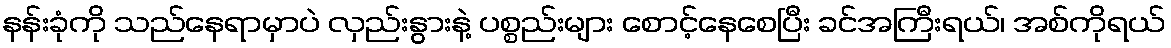
နန်းခုံကို သည်နေရာမှာပဲ လှည်းနွားနဲ့ ပစ္စည်းများ စောင့်နေစေပြီး ခင်အကြီးရယ်၊ အစ်ကိုရယ်